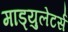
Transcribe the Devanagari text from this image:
माड्युलेटर्स